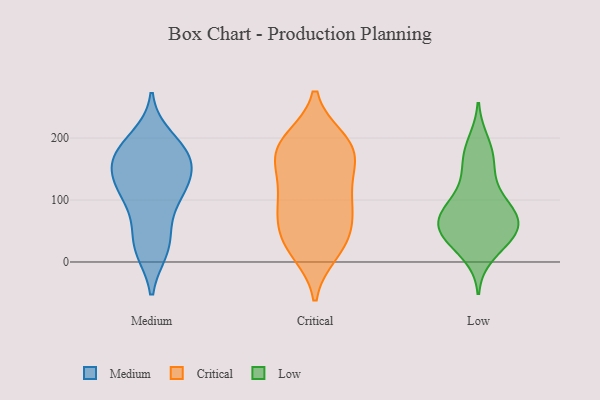
{"axis": {"x": "Shipments", "y": "Value"}, "legend": ["Critical", "Low", "Medium"], "data": [{"x": "", "y": 142, "type": "Medium"}, {"x": "", "y": 28, "type": "Medium"}, {"x": "", "y": 20, "type": "Medium"}, {"x": "", "y": 108, "type": "Medium"}, {"x": "", "y": 187, "type": "Medium"}, {"x": "", "y": 110, "type": "Medium"}, {"x": "", "y": 148, "type": "Medium"}, {"x": "", "y": 160, "type": "Medium"}, {"x": "", "y": 111, "type": "Medium"}, {"x": "", "y": 61, "type": "Medium"}, {"x": "", "y": 171, "type": "Medium"}, {"x": "", "y": 200, "type": "Medium"}, {"x": "", "y": 23, "type": "Medium"}, {"x": "", "y": 170, "type": "Medium"}, {"x": "", "y": 174, "type": "Medium"}, {"x": "", "y": 119, "type": "Medium"}, {"x": "", "y": 198, "type": "Critical"}, {"x": "", "y": 197, "type": "Critical"}, {"x": "", "y": 15, "type": "Critical"}, {"x": "", "y": 191, "type": "Critical"}, {"x": "", "y": 18, "type": "Critical"}, {"x": "", "y": 100, "type": "Critical"}, {"x": "", "y": 31, "type": "Critical"}, {"x": "", "y": 157, "type": "Critical"}, {"x": "", "y": 113, "type": "Critical"}, {"x": "", "y": 185, "type": "Critical"}, {"x": "", "y": 156, "type": "Critical"}, {"x": "", "y": 53, "type": "Critical"}, {"x": "", "y": 45, "type": "Critical"}, {"x": "", "y": 178, "type": "Critical"}, {"x": "", "y": 90, "type": "Critical"}, {"x": "", "y": 147, "type": "Critical"}, {"x": "", "y": 94, "type": "Critical"}, {"x": "", "y": 68, "type": "Critical"}, {"x": "", "y": 137, "type": "Low"}, {"x": "", "y": 192, "type": "Low"}, {"x": "", "y": 44, "type": "Low"}, {"x": "", "y": 47, "type": "Low"}, {"x": "", "y": 106, "type": "Low"}, {"x": "", "y": 80, "type": "Low"}, {"x": "", "y": 42, "type": "Low"}, {"x": "", "y": 82, "type": "Low"}, {"x": "", "y": 175, "type": "Low"}, {"x": "", "y": 38, "type": "Low"}, {"x": "", "y": 13, "type": "Low"}, {"x": "", "y": 57, "type": "Low"}, {"x": "", "y": 78, "type": "Low"}, {"x": "", "y": 161, "type": "Low"}, {"x": "", "y": 82, "type": "Low"}, {"x": "", "y": 60, "type": "Low"}]}